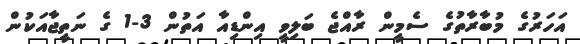
އަހަރުގެ މުބާރާތުގެ ސެމީން ރާއްޖެ ބަލިވީ އިންޑިއާ އަތުން 3-1 ގެ ނަތީޖާއަކުން